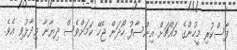
ފާސްކުރި މީހުންގެ މައްޗަށް އިންސާފު ހޯދަން ޖެހޭ ކަމަށްވެސް ދިޔާނާ ވިދާޅުވި އެވެ.